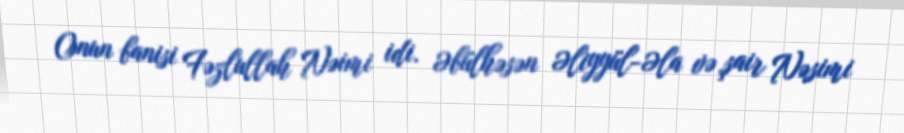
Onun banisi Fəzlullah Nəimi idi. Əbülhəsən Əliyyül-Əla və şair Nəsimi